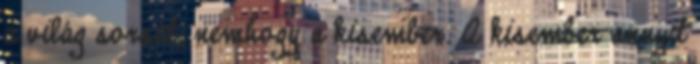
a világ sorsát, nemhogy a kisember. A kisember annyit